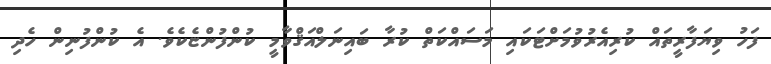
ފަހު ވިޔަފާރީތައް ކުރިއެރުވުމަށްޓަކައި މަސައްކަތް ކުރާ ބައިނަލްއަޤްވާމީ ކުންފުންޏެކެވެ. އެ ކުންފުނިން ހެދި